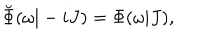
\breve { \Phi } ( \omega | - i J ) = \Phi ( \omega | J ) ,